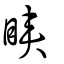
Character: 䀹